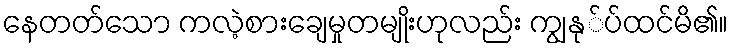
နေတတ်သော ကလဲ့စားချေမှုတမျိုးဟုလည်း ကျွနု်ပ်ထင်မိ၏။